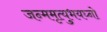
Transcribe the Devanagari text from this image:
जन्ममृत्युभयघ्नो